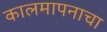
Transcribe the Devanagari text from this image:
कालमापनाचा